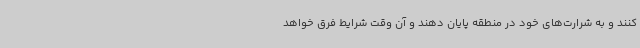
کنند و به شرارت‌های خود در منطقه پایان دهند و آن وقت شرایط فرق خواهد